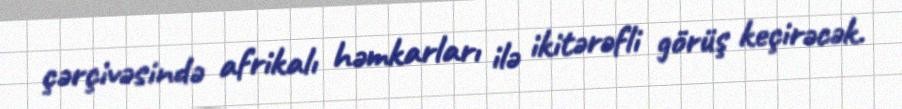
çərçivəsində afrikalı həmkarları ilə ikitərəfli görüş keçirəcək.